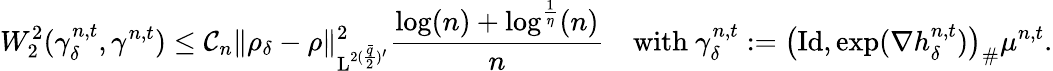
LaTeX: W_{2}^{2}(\gamma_{\delta}^{n,t},\gamma^{n,t})\leq\mathcal{C}_{n}\| \rho_{\delta}-\rho\| _{\mathrm{L}^{2(\frac{\bar{q}}{2})^{\prime}}}^{2}\frac{\log(n)+\log^{\frac{1}{\eta}}(n)}{n}\quad\mathrm{with~}\gamma_{\delta}^{n,t}:=\big(\mathrm{Id},\exp(\nabla h_{\delta}^{n,t})\big)_{\# }\mu^{n,t}.